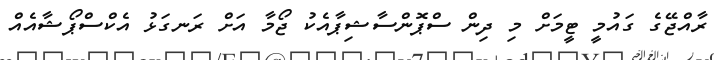
ރާއްޖޭގެ ގައުމީ ޓީމަށް މި ދިން ސްޕޮންސާޝިޕާއެކު ޖޯމާ އަށް ރަނގަޅު އެކްސްޕޯޝާއެއް